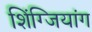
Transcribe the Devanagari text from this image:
शिंग्जियांग